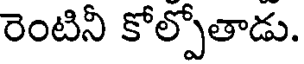
రెంటినీ కోల్పోతాడు.